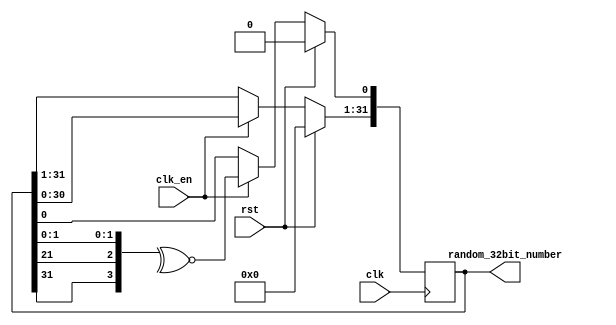
module lfsr_32bit_w_CE_sync_active_high
    (
        input clk,
        input clk_en,
        input rst,
        output  reg  [31:0]   random_32bit_number
    );
   reg [31:0] temp_reg = 32'h00000000;

   always @(posedge clk)
      if (rst)
         random_32bit_number <= 32'h00000000;
      else if (clk_en) begin
         random_32bit_number[31:1] <= random_32bit_number[30:0];
         random_32bit_number[0] <= ~^{random_32bit_number[31], random_32bit_number[21], random_32bit_number[1:0]};
      end
endmodule